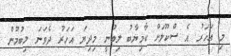
މި އަހަރު އެ ސްކޫލަށް ކާމިޔާބު ލިބުނީ މިދިޔަ އަހަރު ދެވަނަ ލިބުމުން